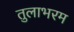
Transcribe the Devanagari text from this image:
तुलाभरम